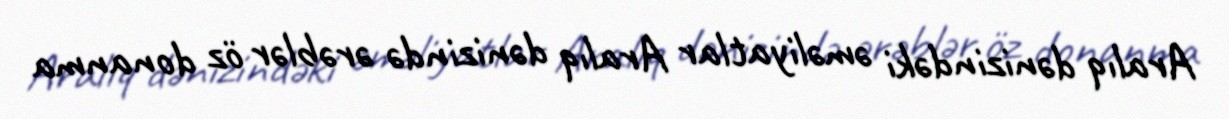
Aralıq dənizindəki əməliyatlar Aralıq dənizində ərəblər öz donanma